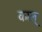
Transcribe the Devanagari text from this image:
काल्